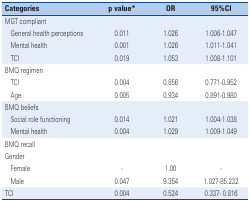
| <COLSPAN=2> Categories | p value* | OR | 95%CI |
 | --- | --- | --- | --- | --- |
 | <COLSPAN=5> MGT compliant |
 | <ROWSPAN=3>  | General health perceptions | 0.011 | 1.026 | 1.006-1.047 |
 | Mental health | 0.001 | 1.026 | 1.011-1.041 |
 | TCI | 0.019 | 1.053 | 1.008-1.101 |
 | <COLSPAN=5> BMQ regimen |
 | <ROWSPAN=2>  | TCI | 0.004 | 0.856 | 0.771-0.952 |
 | Age | 0.005 | 0.934 | 0.891-0.980 |
 | <COLSPAN=5> BMQ beliefs |
 | <ROWSPAN=2>  | Social role functioning | 0.014 | 1.021 | 1.004-1.038 |
 | Mental health | 0.004 | 1.029 | 1.009-1.049 |
 | <COLSPAN=5> BMQ recall |
 | <COLSPAN=5> Gender |
 | <ROWSPAN=2>  | Female | - | 1.00 | - |
 | Male | 0.047 | 9.354 | 1.027-85.232 |
 | <COLSPAN=2> TCI | 0.004 | 0.524 | 0.337- 0.816 |